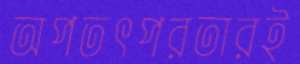
অপতৎপরতারই